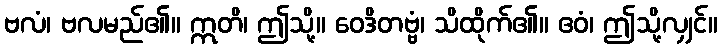
ဗလံ၊ ဗလမည်၏။ ဣတိ၊ ဤသို့။ ဝေဒိတဗ္ဗံ၊ သိထိုက်၏။ ဧဝံ၊ ဤသို့လျှင်။